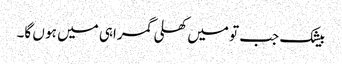
بیشک جب تو میں کھلی گمراہی میں ہو ں گا۔